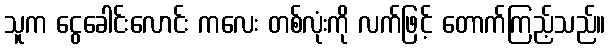
သူက ငွေခေါင်းလောင်း ကလေး တစ်လုံးကို လက်ဖြင့် တောက်ကြည့်သည်။